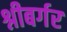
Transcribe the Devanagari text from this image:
श्नीबर्गर